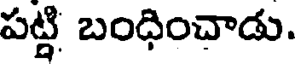
పట్టి బంధించాడు.